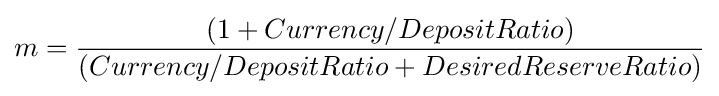
m={\frac {(1+Currency/DepositRatio)}{(Currency/DepositRatio+DesiredReserveRatio)}}